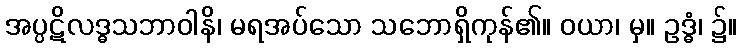
အပ္ပဋိလဒ္ဓသဘာဝါနိ၊ မရအပ်သော သဘောရှိကုန်၏။ ဝယာ၊ မှ။ ဥဒ္ဓံ၊ ၌။